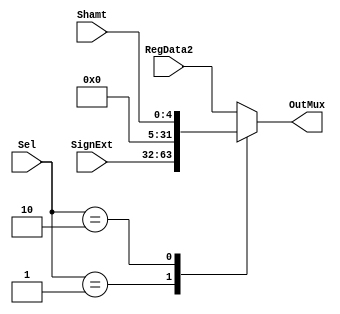
//mux especial para la entrada de la ALU, con tres entradas

module Mux3ALU(
input [31:0] RegData2,
input [31:0] SignExt,
input [4:0] Shamt,
input [1:0] Sel,
output [31:0] OutMux
);
reg [31:0] OutMux_reg;
always@(*) begin
	case(Sel)
		2'b00: begin
			OutMux_reg = RegData2;
		end
		2'b01: begin
			OutMux_reg = SignExt;
		end
		2'b10: begin
			OutMux_reg = Shamt;
		end
		default: begin
			OutMux_reg = RegData2;
		end
	endcase	
end
assign OutMux = OutMux_reg;
endmodule //Mux3ALU